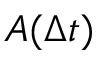
A ( \Delta t )